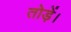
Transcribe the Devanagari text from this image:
तोड़ें।